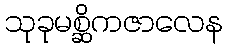
သုခုမစ္ဆိကဇာလေန